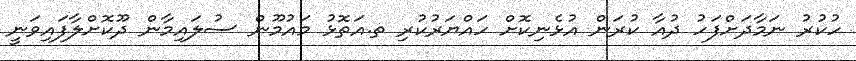
ހުކުރު ނަމާދަށްފަހު ދުއާ ކުރަން އުޅެނިކޮށް ހައްޔަރުކުރި ތ.އަތޮޅު މައުމޫން ސުލައިމާން ދޫކޮށްލާފައިވަނީ